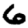
Digit: 6